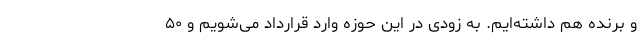
و برنده هم داشته‌ایم. به زودی در این حوزه وارد قرارداد می‌شویم و ۵۰